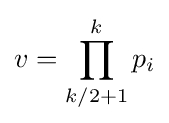
v=\prod _{k/2+1}^{k}p_{i}